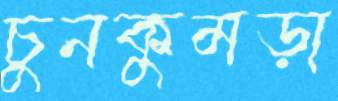
চুনকুমড়া